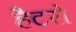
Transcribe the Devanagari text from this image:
हैटरो